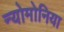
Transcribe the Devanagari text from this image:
न्योमोनिया